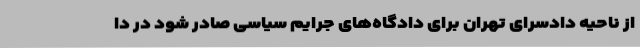
از ناحیه دادسرای تهران برای دادگاه‌های جرایم سیاسی صادر شود در دا